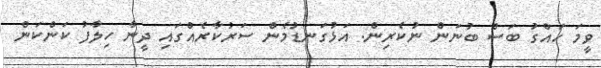
ވީމަ ހައްގު ބަސް ބުނަން ނުކެރިން. އަޅުގަނޑުމެން ސަރުކާރެއްގައި ދީނާ ހިލާފު ކަންކަން